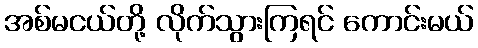
အစ်မငယ်တို့ လိုက်သွားကြရင် ကောင်းမယ်